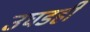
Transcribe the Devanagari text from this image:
उघडही